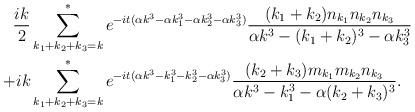
LaTeX: \begin{align*}\frac{ik}{2} &\sum_{k_1 + k_2 +k_3 = k}^* e^{-it(\alpha k^3 - \alpha k_1^3 -\alpha k_2^3 - \alpha k_3^3)} \frac{(k_1 + k_2)n_{k_1}n_{k_2}n_{k_3}}{\alpha k^3 - (k_1 + k_2)^3 - \alpha k_3^3} \\+ ik &\sum_{k_1 + k_2 + k_3 = k}^* e^{-it(\alpha k^3 - k_1^3 - k_2^3 -\alpha k_3^3)}\frac{(k_2+k_3)m_{k_1}m_{k_2}n_{k_3}}{\alpha k^3 - k_1^3 - \alpha(k_2+k_3)^3}.\end{align*}